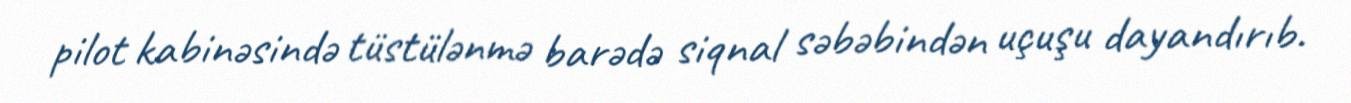
pilot kabinəsində tüstülənmə barədə siqnal səbəbindən uçuşu dayandırıb.